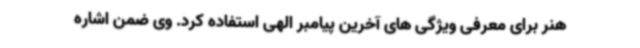
هنر برای معرفی ویژگی های آخرین پیامبر الهی استفاده کرد. وی ضمن اشاره